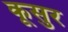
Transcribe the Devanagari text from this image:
कूसुर